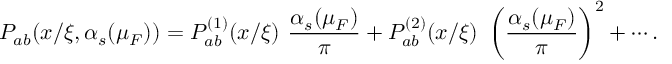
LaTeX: P _ { a b } ( x / \xi , \alpha _ { s } ( \mu _ { F } ) ) = P _ { a b } ^ { ( 1 ) } ( x / \xi ) \ { \frac { \alpha _ { s } ( \mu _ { F } ) } { \pi } } + P _ { a b } ^ { ( 2 ) } ( x / \xi ) \ \left( { \frac { \alpha _ { s } ( \mu _ { F } ) } { \pi } } \right) ^ { 2 } + \cdots .